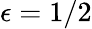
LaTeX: \epsilon=1/2